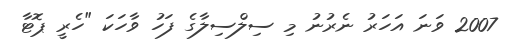
2007 ވަނަ އަހަރު ނެރުނު މި ސިލްސިލާގެ ފަހު ވާހަކަ "ހެރީ ޕޮޓާ